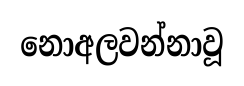
නොඅලවන්නාවූ